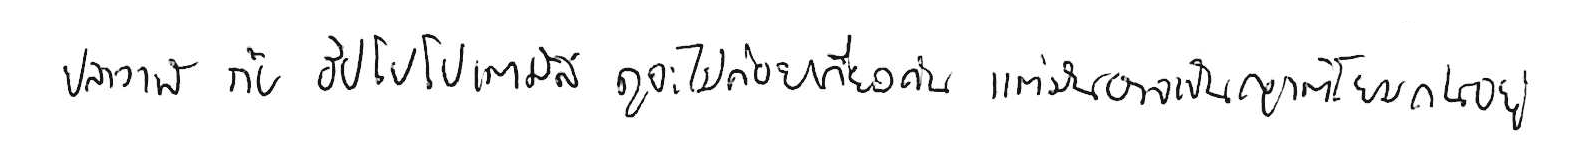
ปลาวาฬ กับ ฮิปโปโปเตมัส ดูจะไม่ค่อยเกี่ยวกัน แต่มันอาจเป็นญาติโยมกันอยู่